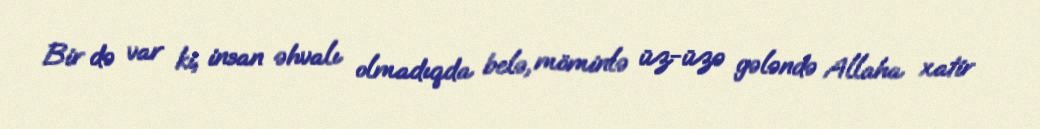
Bir də var ki, insan əhvalı olmadıqda belə, möminlə üz-üzə gələndə Allaha xatir